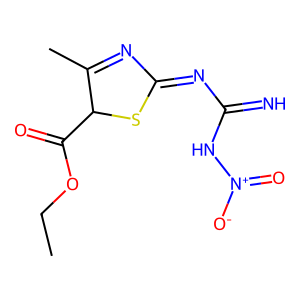
SMILES: CCOC(=O)C1SC(=NC(=N)N[N+](=O)[O-])N=C1C
Inhibits HIV replication: No